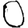
Digit: 0